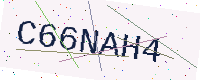
Text: C66NAH4